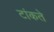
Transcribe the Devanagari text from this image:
टांकते